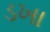
ડખા